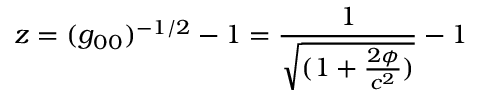
z = ( g _ { 0 0 } ) ^ { - 1 / 2 } - 1 = \frac { 1 } { \sqrt { ( 1 + \frac { 2 \phi } { c ^ { 2 } } ) } } - 1